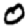
Digit: 0